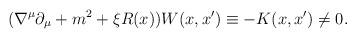
LaTeX: \begin{align*}(\nabla^{\mu}\partial_{\mu}+m^2 +\xi R(x))W(x,x')\equiv -K(x,x') \neq 0 .\end{align*}